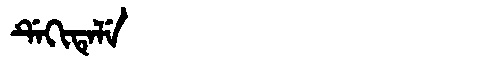
Manchu: ᡩᡝᡴᡳᡨᡝᠯᡝ
Romanization: DEKITELE